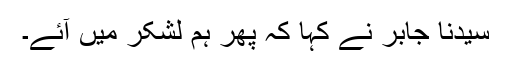
سیدنا جابرؓ نے کہا کہ پھر ہم لشکر میں آئے۔